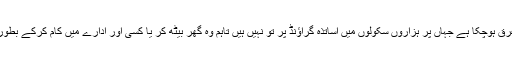
سندھ، بلوچستان میں تو تعلیم کا بیڑہ ہی غرق ہوچکا ہے جہاں پر ہزاروں سکولوں میں اساتذہ گراﺅنڈ پر تو نہیں ہیں تاہم وہ گھر بیٹھ کر یا کسی اور ادارے میں کام کرکے بطور ٹیچر بھی تنخواہیں وصول کر رہے ہیں۔